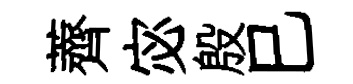
薺宓殷巳